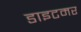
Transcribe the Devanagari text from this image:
डाइटमर